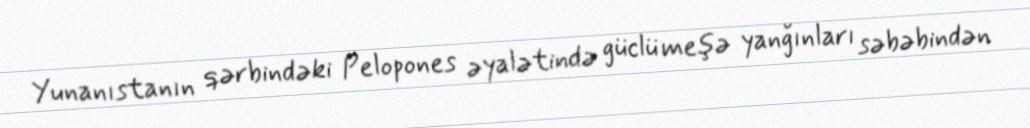
Yunanıstanın qərbindəki Pelopones əyalətində güclü meşə yanğınları səbəbindən